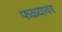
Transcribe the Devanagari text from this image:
फळ्यावर